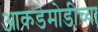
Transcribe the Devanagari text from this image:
आकडेमोडीच्या